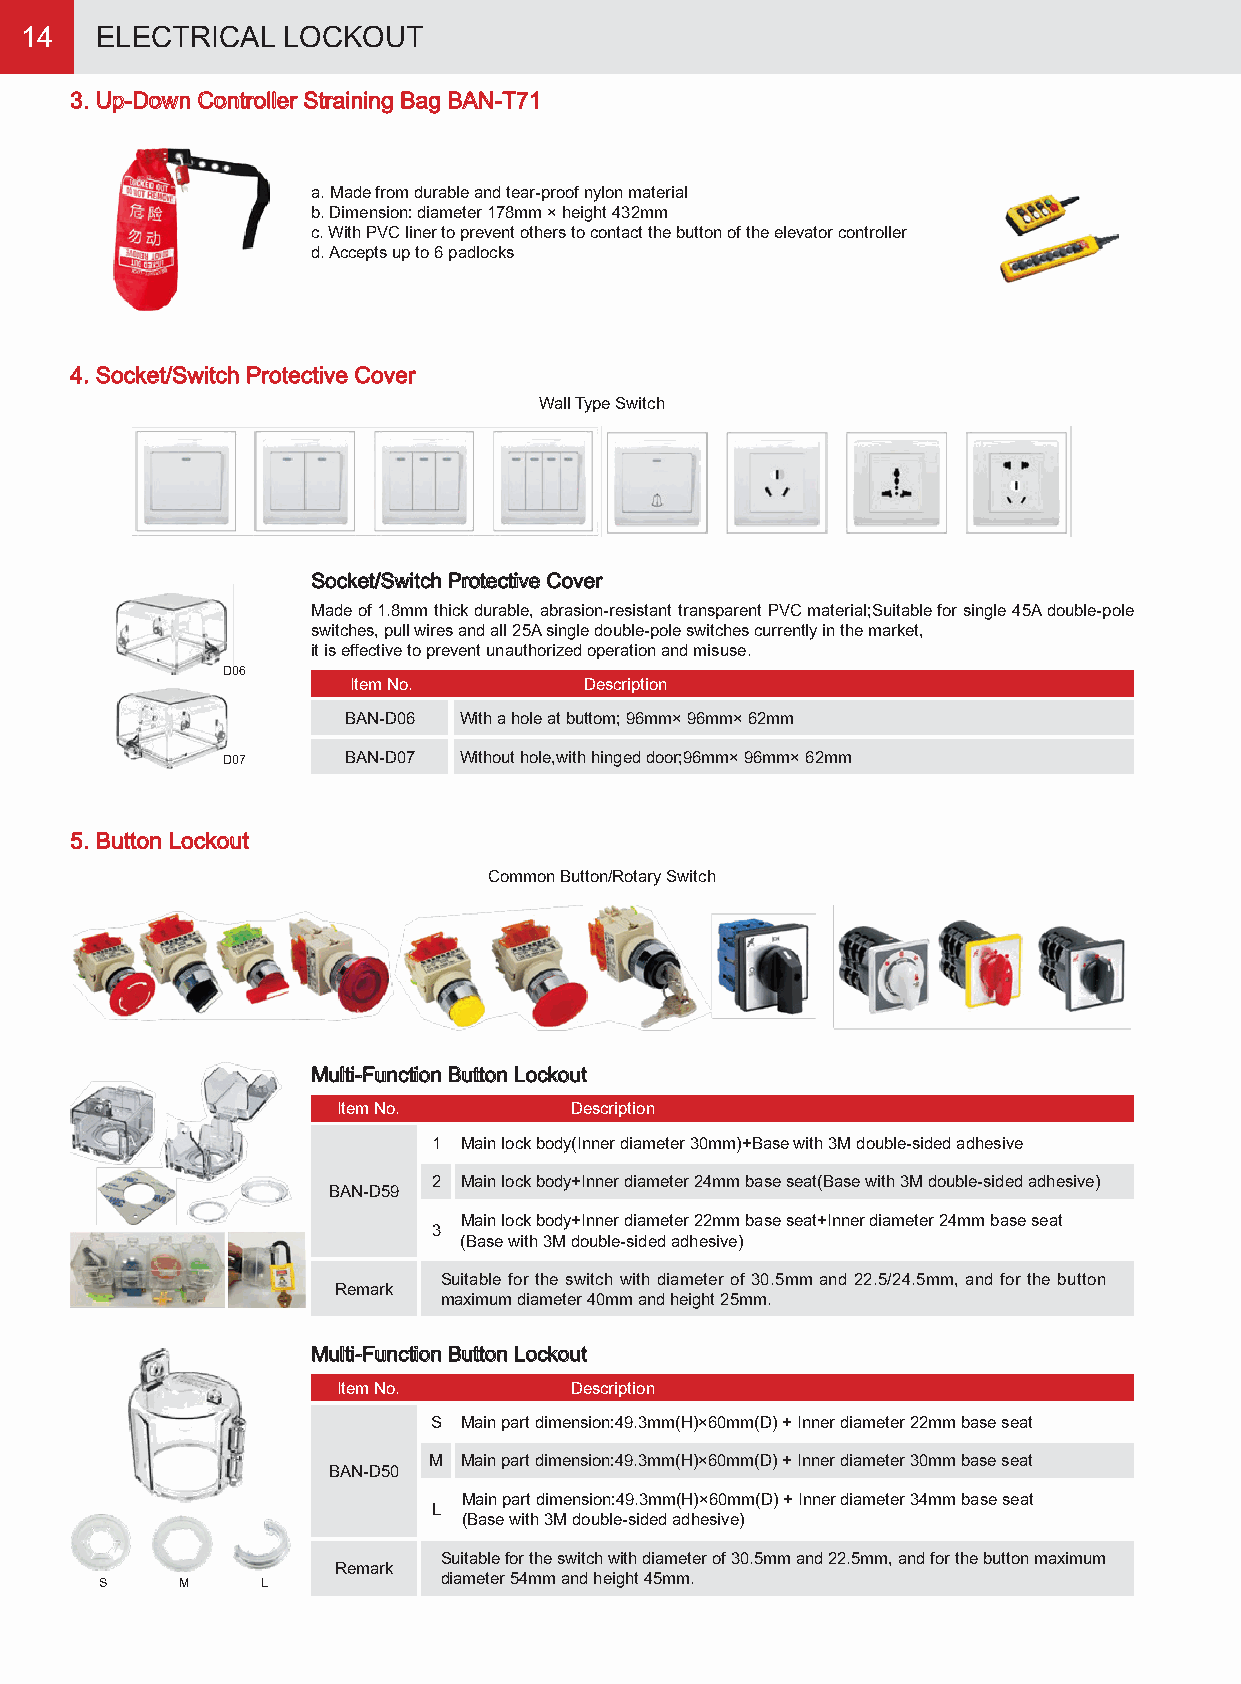
14   ELECTRICAL   LOCKOUT
 3. Up-Down Controller Straining Bag BAN-T71
 a. Made from durable and tear-proof nylon material
 b. Dimension: diameter 178mm × height 432mm
 c. With PVC liner to prevent others to contact the button of the elevator controller
 d. Accepts up to 6 padlocks
 4. Socket/Switch Protective Cover
 Wall Type Switch
 Socket/Switch Protective Cover
 Made of 1.8mm thick durable, abrasion-resistant transparent PVC material;Suitable for single 45A double-pole
 switches, pull wires and all 25A single double-pole switches currently in the market,
 it is effective to prevent unauthorized operation and misuse.
 D06
 Item No.        Description
 BAN-D06 With a hole at buttom; 96mm× 96mm× 62mm
 D07     BAN-D07 Without hole,with hinged door;96mm× 96mm× 62mm
 5. Button Lockout
 Common Button/Rotary Switch
 Multi-Function Button Lockout
 Item No.        Description
 1 Main lock body(Inner diameter 30mm)+Base with 3M double-sided adhesive
 2 Main lock body+Inner diameter 24mm base seat(Base with 3M double-sided adhesive)
 BAN-D59
 Main lock body+Inner diameter 22mm base seat+Inner diameter 24mm base seat
 3
 (Base with 3M double-sided adhesive)
 Suitable for the switch with diameter of 30.5mm and 22.5/24.5mm, and for the button
 Remark
 maximum diameter 40mm and height 25mm.
 Multi-Function Button Lockout
 Item No.        Description
 S Main part dimension:49.3mm(H)×60mm(D) + Inner diameter 22mm base seat
 M Main part dimension:49.3mm(H)×60mm(D) + Inner diameter 30mm base seat
 BAN-D50
 Main part dimension:49.3mm(H)×60mm(D) + Inner diameter 34mm base seat
 L
 (Base with 3M double-sided adhesive)
 Suitable for the switch with diameter of 30.5mm and 22.5mm, and for the button maximum
 Remark
 S    M    L           diameter 54mm and height 45mm.